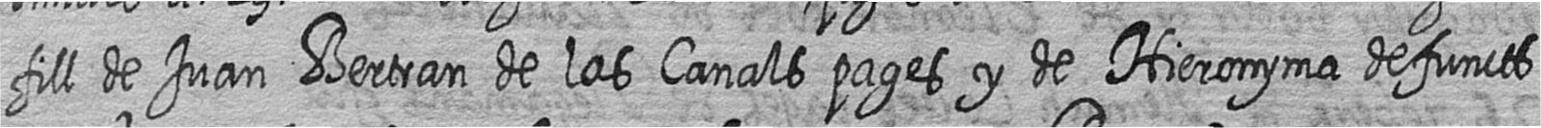
fill de Juan Bertran de los Canals pages y de Hieronyma defuncts